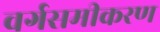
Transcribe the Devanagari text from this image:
वर्गसमीकरण